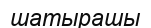
шатырашы